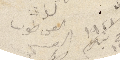
القس طوبيا العنيسي